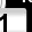
Digit: 1